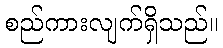
စည်ကားလျက်ရှိသည်။